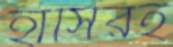
হাসিরই